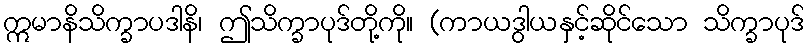
ဣမာနိသိက္ခာပဒါနိ၊ ဤသိက္ခာပုဒ်တို့ကို။ (ကာယဒွါယနှင့်ဆိုင်သော သိက္ခာပုဒ်